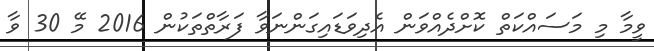
ވީމާ މި މަސައްކަތް ކޮށްދެއްވަން އެދިވަޑައިގަންނަވާ ފަރާތްތަކުން 2016 މޭ 30 ވާ